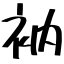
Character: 衲